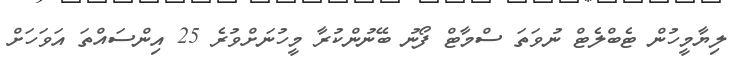
ލިޔާމީހުން ޓެބްލެޓް ނުވަތަ ސްމާޓް ފޯނު ބޭނުންކުރާ މީހުނަށްވުރެ 25 އިންސައްތަ އަވަހަށް